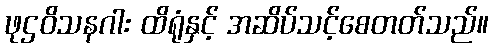
ဖုဌဝိသနဂါး ထိရုံနှင့် အဆိပ်သင့်စေတတ်သည်။